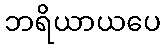
ဘရိယာယပေ